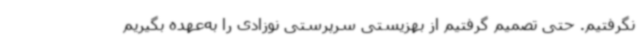
نگرفتیم. حتی تصمیم گرفتیم از بهزیستی سرپرستی نوزادی را به‌عهده بگیریم